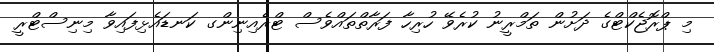
މި ޕްރޮޖެކްޓްގެ ދަށުން ތަމްރީނު ކުރެވޭ ހުރިހާ ފަރާތްތައްވެސް ޓްރެއިނިންގ ކަނޑައެޅިފައިވާ މިނިސްޓްރީ